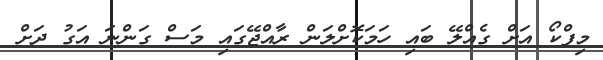
މިފްކޯ އަށް ގެއްލޭ ބައި ހަމަކޮށްލަން ރާއްޖޭގައި މަސް ގަންނަ އަގު ދަށް